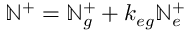
\mathbb { N } ^ { + } = \mathbb { N } _ { g } ^ { + } + k _ { e g } \mathbb { N } _ { e } ^ { + }